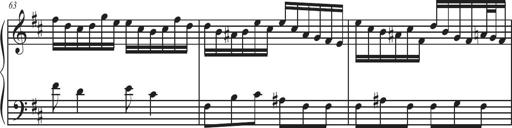
Title: Sonatina Espania
Composer: Jerald Franklin Archer
Key: Various